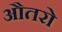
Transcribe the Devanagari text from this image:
औतरो